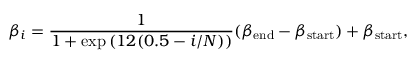
\beta _ { i } = \frac { 1 } { 1 + \exp { ( 1 2 ( 0 . 5 - i / N ) ) } } ( \beta _ { \mathrm { e n d } } - \beta _ { \mathrm { s t a r t } } ) + \beta _ { \mathrm { s t a r t } } ,